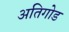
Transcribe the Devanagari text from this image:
अतिगोड